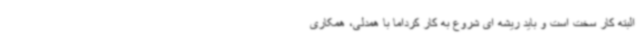
البته کار سخت است و باید ریشه ای شروع به کار کرداما با همدلی، همکاری